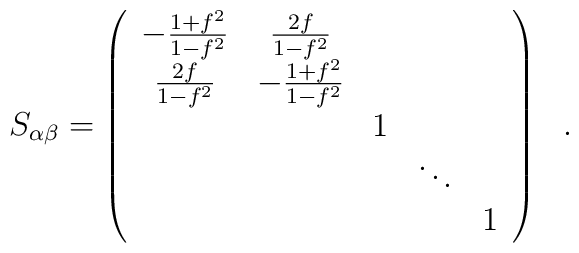
S_{\alpha\beta} =  \left( \begin{array}{ccccc}            -\frac{1 + f^2}{1-f^2}  & \frac{2f}{1-f^2}& & &  \\                        \frac{2f}{1-f^2} & -\frac{1+f^2}{1-f^2} & & & \\			 & & 1 & &  \\			 & & &\ddots &  \\			 & & & & 1			 \end{array} \right)~~.